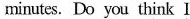
minutes. Do you think I